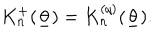
K _ { n } ^ { + } ( \underline { { { \theta } } } ) = K _ { n } ^ { ( q ) } ( \underline { { { \theta } } } ) .